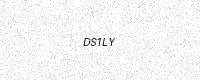
Text: DS1LY